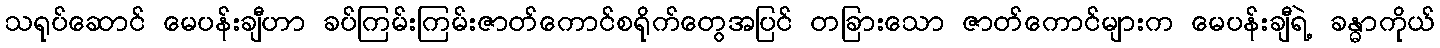
သရုပ်ဆောင် မေပန်းချီဟာ ခပ်ကြမ်းကြမ်းဇာတ်ကောင်စရိုက်တွေအပြင် တခြားသော ဇာတ်ကောင်များက မေပန်းချီရဲ့ ခန္ဓာကိုယ်